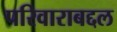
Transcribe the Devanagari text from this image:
परिवाराबद्दल